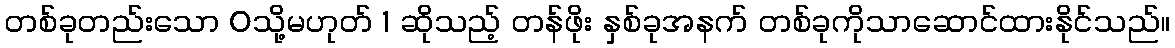
တစ်ခုတည်းသော 0သို့မဟုတ် 1 ဆိုသည့် တန်ဖိုး နှစ်ခုအနက် တစ်ခုကိုသာဆောင်ထားနိုင်သည်။